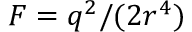
{ \cal F } = q ^ { 2 } / ( 2 r ^ { 4 } )